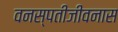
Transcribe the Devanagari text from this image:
वनस्पतीजीवनास